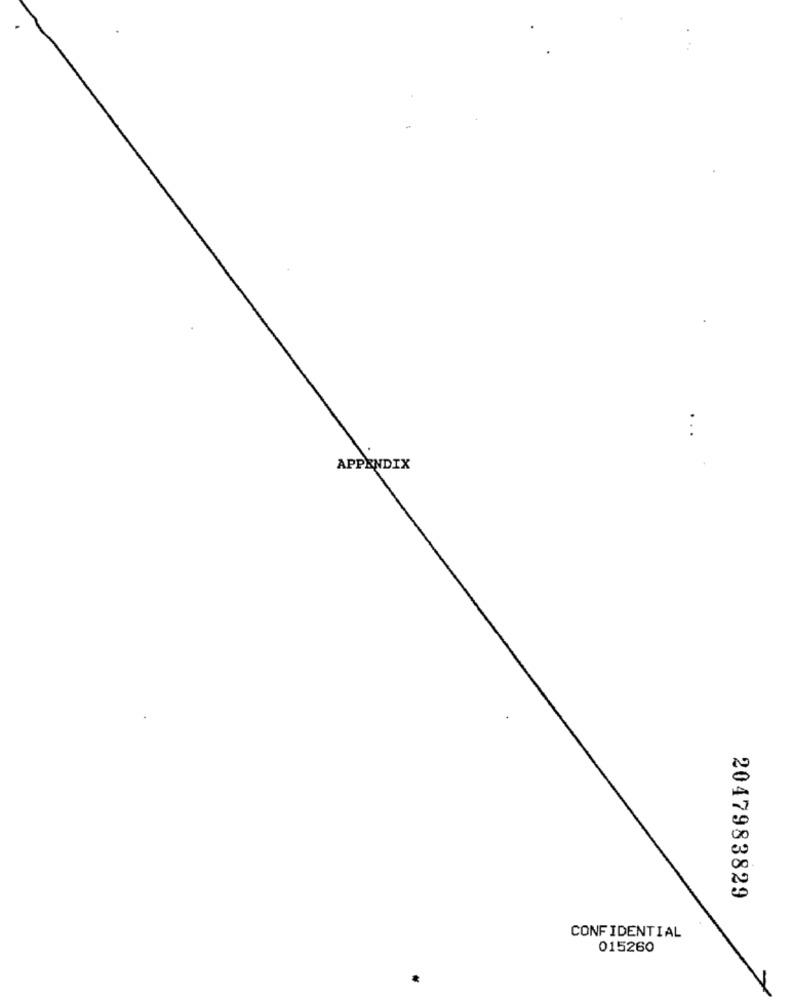
APPENDIX
2047983829
CONFIDENTIAL
015260